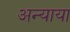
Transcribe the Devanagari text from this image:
अन्याया